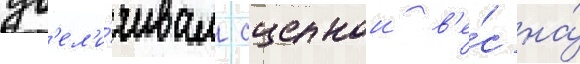
ув'ел'и́чивал сцепнои в'е́с на́